Report on vaccination in Madras 1904-1921 - 1904-1921
Year: 1904
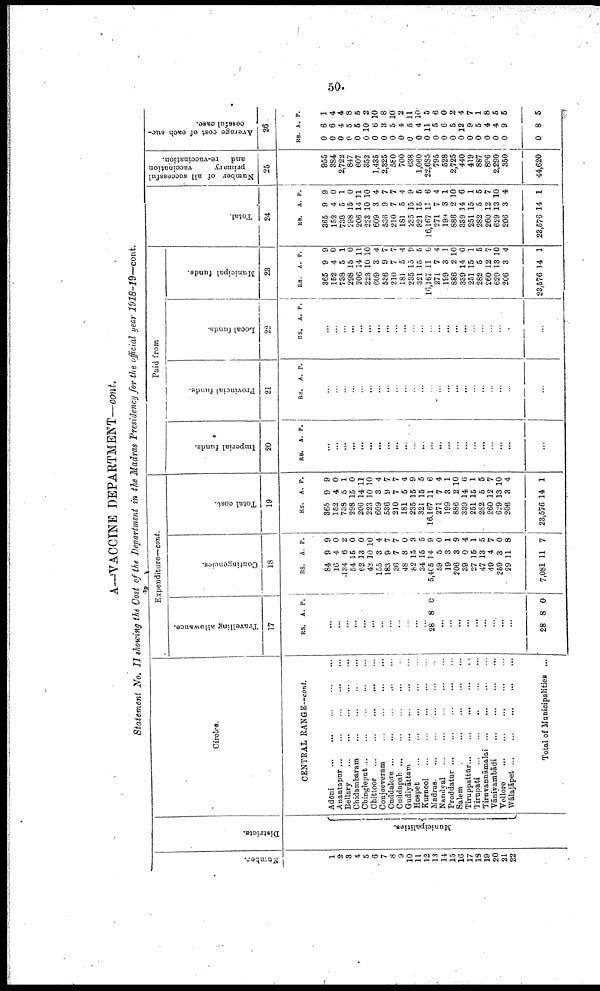
50.
A—VACCINE DEPARTMENT—cont.
Statement No. II showing the Cost of the Department in the Madras Presidency for the official year 1918-19—cont.
Number.
1
2
3
4
5
6
7
8
9
10
11
12
13
14
15
16
17
18
19
20
21
22
Districts.
Municipalities.
Circles.
CENTRAL RANGE—cont.
Adōni
...
...
...
...
...
Anantapur
...
...
...
...
...
Bellary
...
...
...
...
...
Chidambaram
...
...
...
...
Chingleput
...
...
...
...
...
Chittoor
...
...
...
...
...
Conjeeveram
...
...
...
...
Cuddalore
...
...
...
...
...
Cuddapah ... ... ... ... ...
Gudiyāttam
...
...
...
...
Hospet
...
...
...
...
...
Kurnool
...
...
...
...
...
Madras
...
...
...
...
...
Nandyal
...
...
...
...
...
Proddatur
...
...
...
...
...
Salem
...
...
...
...
...
Tiruppattūr
...
...
...
...
...
Tirupati
...
...
...
...
...
Tiruvannāmalai ... ... ... ...
Vānivambādi
...
...
...
...
Vellore
...
...
...
...
...
Wālajāpet
...
...
...
...
...
Total of Municipalities ...
Expenditure—cont.
Travelling allowance.
17
RS. A. P.
...
...
...
...
...
...
...
...
...
...
...
...
28 8 0
...
...
...
...
...
...
...
...
...
28 8 0
Contingencies.
18
RS.
84
16
134
54
62
43
155
183
36
48
82
34
5,405
59
19
206
39
27
47
49
259
29
7,081
A.
9
4
6
15
13
10
3
9
7
3
15
15
14
5
3
3
0
15
13
4
3
11
11
P.
9
0
2
0
0
10
4
7
7
0
3
5
9
0
1
9
4
1
5
7
0
8
7
Total cost.
19
RS.
365
152
738
298
206
223
609
536
210
181
235
321
16,167
271
199
886
339
251
282
260
629
206
23,576
A.
9
4
5
15
14
10
3
9
7
5
15
15
11
7
3
2
14
15
5
12
13
3
14
P.
9
0
1
0
11
10
4
7
7
4
9
5
6
4
1
10
6
1
5
7
10
4
1
Paid from
Imperial funds.
20
RS. A. P.
...
...
...
...
...
...
...
...
...
...
...
...
...
...
...
...
...
...
...
...
...
...
...
Provincial funds.
21
RS. A. P.
...
...
...
...
...
...
...
...
...
...
...
...
...
...
...
...
...
...
...
...
...
...
...
Local funds.
22
RS. A. P.
...
...
...
...
...
...
...
...
...
...
...
...
...
...
...
...
...
...
...
...
...
...
...
Municipal funds.
23
RS.
365
152
738
298
206
223
609
536
210
181
235
321
16,167
271
199
886
339
251
282
260
629
206
23,576
A.
9
4
5
15
14
10
3
9
7
5
15
15
11
7
3
2
14
15
5
12
13
3
14
P.
9
0
1
0
11
10
4
7
7
4
9
5
6
4
1
10
6
1
5
7
10
4
1
Total.
24
RS.
365
152
738
298
206
223
609
536
210
181
235
321
16,167
271
199
886
339
251
282
260
629
206
28,576
A.
9
4
5
15
14
10
3
9
7
5
15
15
11
7
3
2
14
15
5
12
13
3
14
P.
9
0
1
0
11
10
4
7
7
4
9
5
6
4
1
10
6
1
5
7
10
4
1
Number of all successful
primary
vaccination
and
re-vaccination.
25
955
384
2,722
847
607
852
1,435
2,325
580
700
638
1,060
22,685
795
528
2,725
440
419
887
896
2,290
350
44,620
Average cost of each suc
cessful case.
26
RS.
0
0
0
0
0
0
0
0
0
0
0
0
0
0
0
0
0
0
0
0
0
0
0
A.
6
6
4
5
5
10
6
3
5
4
5
4
11
5
6
5
12
9
5
4
4
9
8
P.
1
4
4
8
5
2
10
8
10
2
11
10
5
6
0
2
4
7
1
8
5
5
5